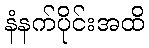
နံနက်ပိုင်းအထိ